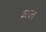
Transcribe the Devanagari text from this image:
कायने